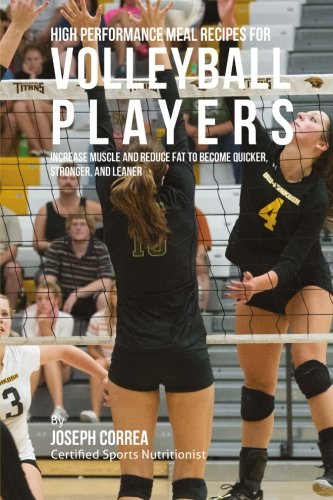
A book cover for High Performance Meal Recipes for Volleyball Players: Increase Muscle and Reduce Fat to Become Quicker, Stronger, and Leaner; Joseph Correa (Certified Sports Nutritionist); Sports & Outdoors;